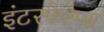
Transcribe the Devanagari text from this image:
इंटरफेरेम्स